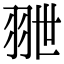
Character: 𦐕